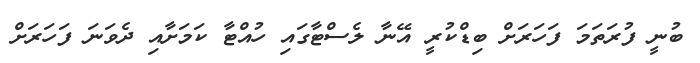
ބުނީ ފުރަތަމަ ފަހަރަށް ބިޑްކުރީ އޭނާ ލެސްޓާގައި ހުއްޓާ ކަމަށާއި ދެވަނަ ފަހަރަށް